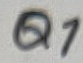
Text: Q1